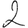
Digit: 2